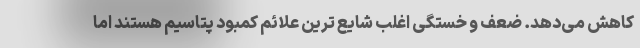
کاهش می‌دهد. ضعف و خستگی اغلب شایع ترین علائم کمبود پتاسیم هستند اما